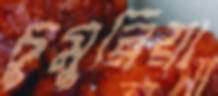
চুমুরিয়া